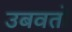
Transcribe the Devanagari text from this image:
उबवतो